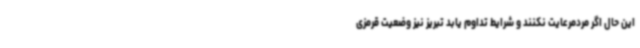
این حال اگر مردمرعایت نکنند و شرایط تداوم یابد تبریز نیز وضعیت قرمزی